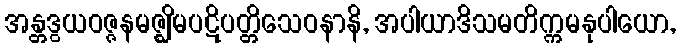
အန္တဒွယဝဇ္ဇနမဇ္ဈိမပဋိပတ္တိသေဝနာနိ, အပါယာဒိသမတိက္ကမနုပါယော,